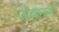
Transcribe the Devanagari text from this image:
उठवूनही